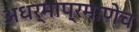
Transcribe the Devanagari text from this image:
अधर्माप्रमाणेच